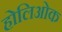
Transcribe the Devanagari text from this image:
होलिओक